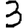
Digit: 3